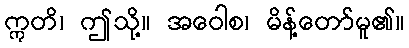
ဣတိ၊ ဤသို့။ အဝေါစ၊ မိန့်တော်မူ၏။